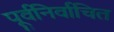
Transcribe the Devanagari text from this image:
पूर्वनिर्वाचित